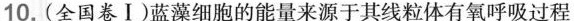
10.(全国卷Ⅰ)蓝藻细胞的能量来源于其线粒体有氧呼吸过程